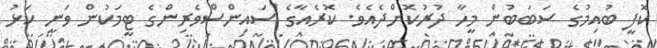
ކޮފީ ބުއިމުގެ ސަބަބުން މީހާ ދުރުކޮށްދެއެވެ. ކޮރެއާގެ ސައިންސްވެރިންގެ ޓީމަކުން ވަނީ ކަޅު